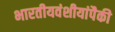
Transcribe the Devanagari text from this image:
भारतीयवंशीयांपैकी